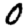
Digit: 0